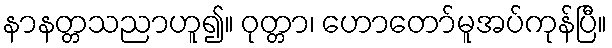
နာနတ္တသညာဟူ၍။ ဝုတ္တာ၊ ဟောတော်မူအပ်ကုန်ပြီ။